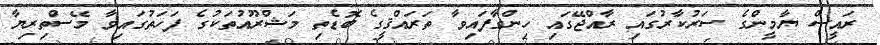
ރައީސް ޔާމީންގެ ސަރުކާރުގައި ރާއްޖޭގައި ހިންގާފައިވާ ތަރައްޤީގެ ބޮޑެތި މަޝްރޫއުތަކުގެ ފަހަތުގައިވާ މޭސްތިރިޔާ